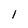
Character: 1